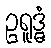
ဥရူဒ္ဓံ